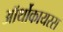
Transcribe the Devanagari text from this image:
ऑर्थोकायरस